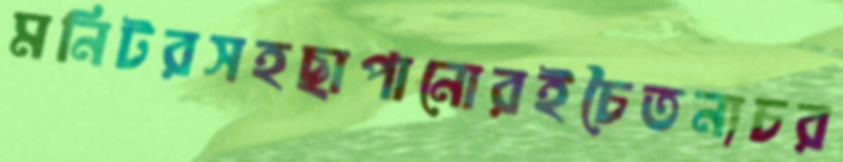
মনিটরসহছাপানোরইচৈতন্যচর